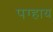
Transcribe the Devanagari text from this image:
पग्हाय